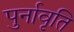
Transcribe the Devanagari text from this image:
पुर्नावृति